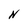
Character: N